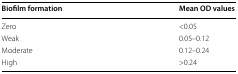
<table><thead><tr><td><b>Biofilm formation</b></td><td><b>Mean OD values</b></td></tr></thead><tbody><tr><td>Zero</td><td>&lt;0.05</td></tr><tr><td>Weak</td><td>0.05–0.12</td></tr><tr><td>Moderate</td><td>0.12–0.24</td></tr><tr><td>High</td><td>&gt;0.24</td></tr></tbody></table>